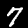
Digit: 7